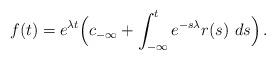
LaTeX: \begin{align*} f(t)= e^{\lambda t}\Big( c_{-\infty} + \int_{-\infty}^t e^{-s\lambda} r(s) \ ds \Big)\, .\end{align*}